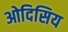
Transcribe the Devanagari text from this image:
ओदिसिय